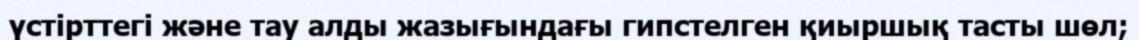
үстірттегі және тау алды жазығындағы гипстелген қиыршық тасты шөл;